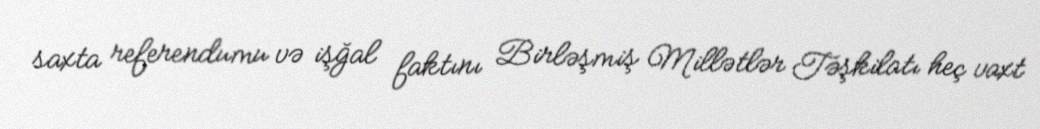
saxta referendumu və işğal faktını Birləşmiş Millətlər Təşkilatı heç vaxt